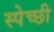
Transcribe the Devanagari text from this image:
स्पेच्छी